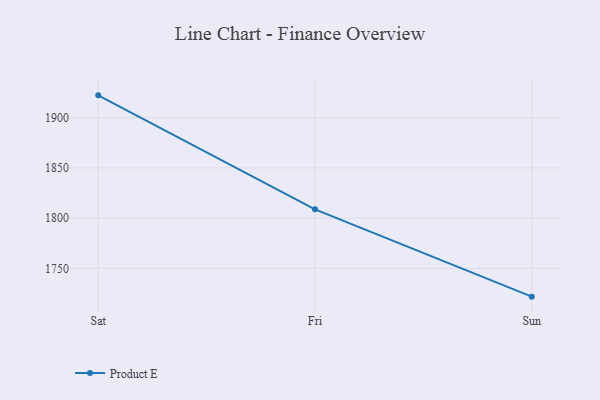
{"axis": {"x": "Day", "y": "Energy Usage (MWh)"}, "legend": ["Product E"], "data": [{"x": "Sat", "y": 1922.2, "type": "Product E"}, {"x": "Fri", "y": 1808.8, "type": "Product E"}, {"x": "Sun", "y": 1721.9, "type": "Product E"}]}